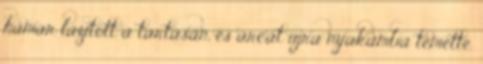
hamar lazított a tartásán, és arcát újra nyakamba temette.